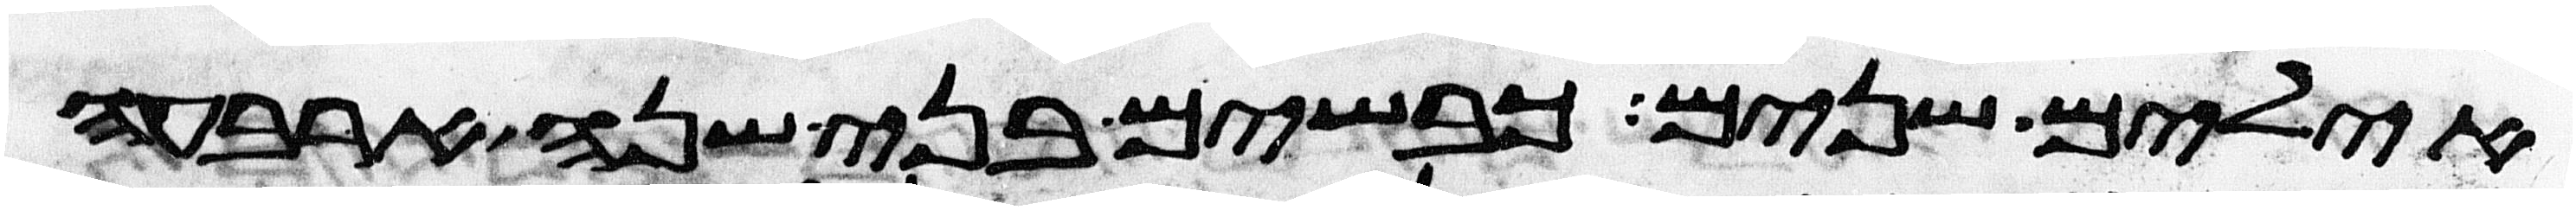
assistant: אילים שנים כבשים בני שנה ארבעה